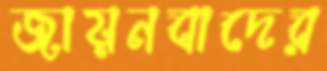
জায়নবাদের